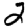
Digit: 2